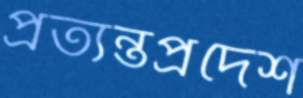
প্রত্যন্তপ্রদেশ